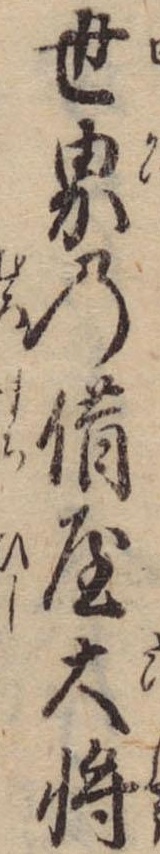
世界の借屋大将